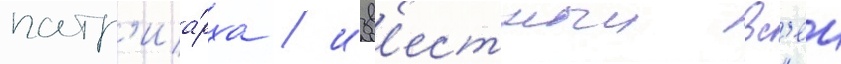
патр'иа́рха / изв'естныи вс'еи